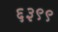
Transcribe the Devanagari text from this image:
६३९९